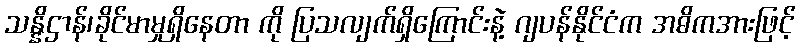
သန္နိဌာန်၊ခိုင်မာမှုရှိနေတာ ကို ပြသလျက်ရှိကြောင်းနဲ့ ဂျပန်နိုင်ငံက အဓိကအားဖြင့်